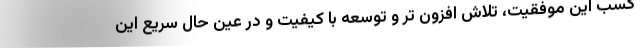
کسب این موفقیت، تلاش افزون تر و توسعه با کیفیت و در عین حال سریع این